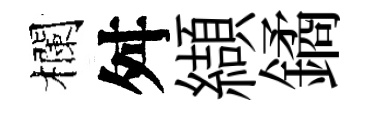
欄舛纈鐍